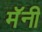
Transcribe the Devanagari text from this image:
मॅनी